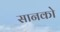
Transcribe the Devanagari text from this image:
सानको